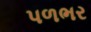
પળભર